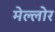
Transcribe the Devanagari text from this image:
मेल्लोर